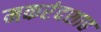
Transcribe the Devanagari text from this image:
मकरंदशाह